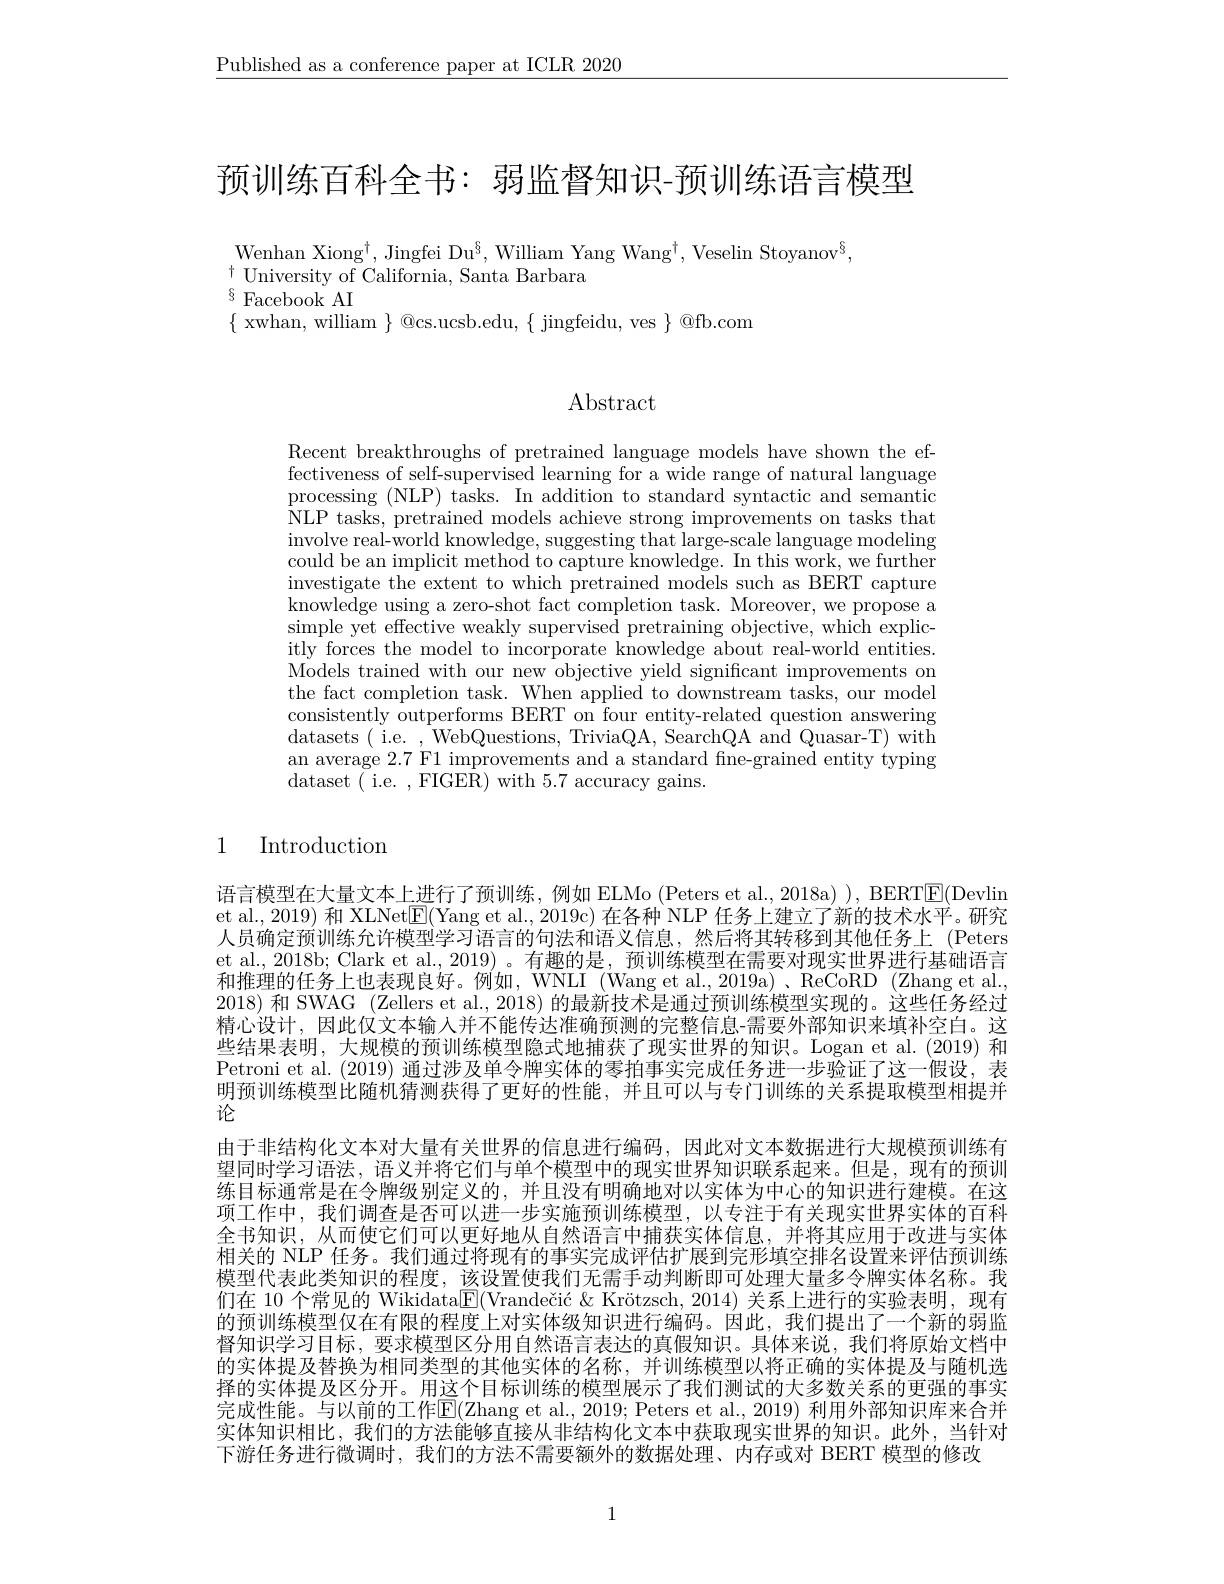
$\underline{\text{Published as a conference paper at ICLR 2020}}$

预训练百科全书：弱监督知识-预训练语言模型

Wenhan Xiong$^\dagger$,Jingfei Du$^{\S}$,William Yang Wang$^\dagger$,Veselin Stoyanov$^{\S}$
$^{\dagger}$ University of California, Santa Barbara
$^{8}$Facebook AI
$\{$ xwhan, william $\}$ @cs.ucsb.edu, $\{$ jingfeidu, ves $\}$ @fb.com

Abstract

Recent breakthroughs of pretrained language models have shown the effectiveness of self-supervised learning for a wide range of natural language processing (NLP) tasks. In addition to standard syntactic and semantic NLP tasks, pretrained models achieve strong improvements on tasks that involve real-world knowledge, suggesting that large-scale language modeling could be an implicit method to capture knowledge. In this work, we further investigate the extent to which pretrained models such as BERT capture $\bar{\text{knowledge using a zero-shot fact completion task. Moreover, we propose a}}$ simple yet effective weakly supervised pretraining objective, which explicitly forces the model to incorporate knowledge about real-world entities. Models trained with our new objective yield significant improvements on the fact completion task. When applied to downstream tasks, our model consistently outperforms BERT on four entity-related question answering datasets( i.e. , WebQuestions, TriviaQA, SearchQA and Quasar-T) with an average 2.7 F1 improvements and a standard fne-grained entity typing dataset ( i. e. , FIGER) with 5. 7 accuracy gains.

### 1 Introduction

语言模型在大量文本上进行了预训练，例如 ELMo (Peters et al., 2018a) ), BERTE(Devlin et al., 2019) 和 XLNet$\underline{\mathrm{E}}($Yang et al., 2019c) 在各种 NLP 任务上建立了新的技术水平。研究人员确定预训练允许模型学习语言的句法和语义信息，然后将其转移到其他任务上 (Peters et al., 2018b; Clark et al., 2019) 。有趣的是，预训练模型在需要对现实世界进行基础语言和推理的任务上也表现良好。例如，WNLI (Wang et al.,2019a)、ReCoRD (Zhang et al. 2018)和 SWAG (Zellers et al., 2018) 的最新技术是通过预训练模型实现的。这些任务经过精心设计，因此仅文本输入并不能传达准确预测的完整信息-需要外部知识来填补空白。这些结果表明，大规模的预训练模型隐式地捕获了现实世界的知识。Logan et al.(2019) 和Petroni et al. (2019) 通过涉及单令牌实体的零拍事实完成任务进一步验证了这一假设，表明预训练模型比随机猜测获得了更好的性能，并且可以与专门训练的关系提取模型相提并论
由于非结构化文本对大量有关世界的信息进行编码，因此对文本数据进行大规模预训练有望同时学习语法，语义并将它们与单个模型中的现实世界知识联系起来。但是，现有的预训练目标通常是在令牌级别定义的，并且没有明确地对以实体为中心的知识进行建模。在这项工作中，我们调查是否可以进一步实施预训练模型，以专注于有关现实世界实体的百科全书知识，从而使它们可以更好地从自然语言中捕获实体信息，并将其应用于改进与实体相关的 NLP 任务。我们通过将现有的事实完成评估扩展到完形填空排名设置来评估预训练模型代表此类知识的程度，该设置使我们无需手动判断即可处理大量多令牌实体名称。我们在 10 个常见的 Wikidata$\underline {\mathrm{E} }( \text{Vrande\v {c}i\' {c}}\&$ Krötzsch,2014) 关系上进行的实验表明，现有的预训练模型仅在有限的程度上对实体级知识进行编码。因此，我们提出了一个新的弱监督知识学习目标，要求模型区分用自然语言表达的真假知识。具体来说，我们将原始文档中的实体提及替换为相同类型的其他实体的名称，并训练模型以将正确的实体提及与随机选择的实体提及区分开。用这个目标训练的模型展示了我们测试的大多数关系的更强的事实完成性能。与以前的工作E(Zhang et al., 2019; Peters et al., 2019) 利用外部知识库来合并实体知识相比，我们的方法能够直接从非结构化文本中获取现实世界的知识。此外，当针对下游任务进行微调时，我们的方法不需要额外的数据处理、内存或对 BERT 模型的修改

1